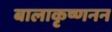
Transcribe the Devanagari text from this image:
बालाकृष्णनन